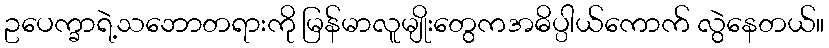
ဥပေက္ခာရဲ့သဘောတရားကို မြန်မာလူမျိုးတွေကအဓိပ္ပါယ်ကောက် လွဲနေတယ်။